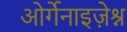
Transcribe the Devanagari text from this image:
ओर्गेनाइज़ेश्न